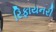
રિફાયનરી